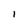
Character: 1